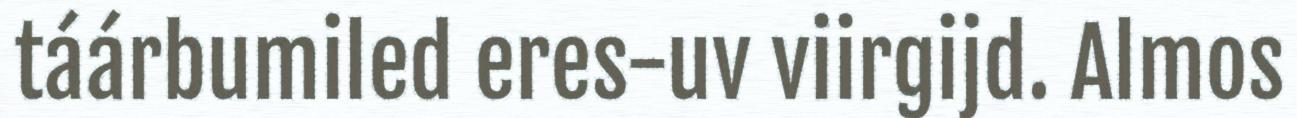
táárbumiled eres-uv viirgijd. Almos